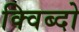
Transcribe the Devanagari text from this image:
क्विब्दो